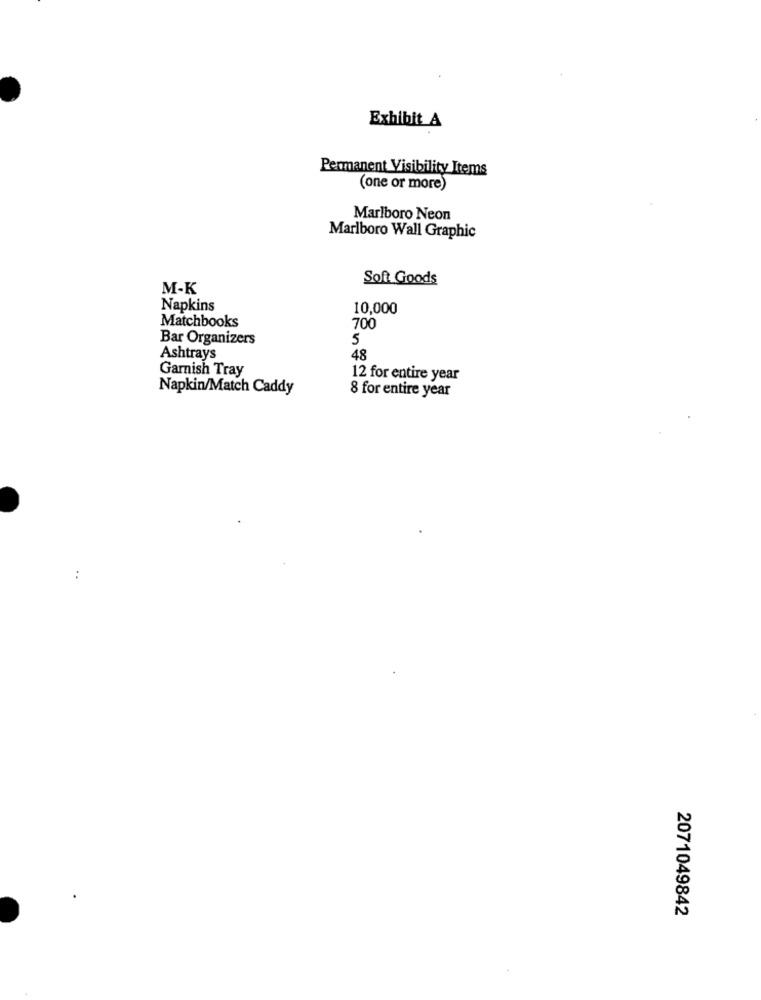
Exhibit A
Permanent Visibility Items
(one or more)
Marlboro Neon
Marlboro Wall Graphic
Soft Goods
M-K
Napkins
10,000
Matchbooks
700
Bar Organizers
5
Ashtrays
48
Garnish Tray
12 for entire year
Napkin/Match Caddy
8 for entire year
2071049842